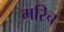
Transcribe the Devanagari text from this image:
मरिच